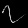
Digit: ၇